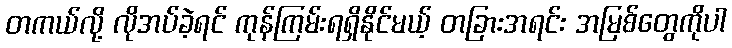
တကယ်လို့ လိုအပ်ခဲ့ရင် ကုန်ကြမ်းရရှိနိုင်မယ့် တခြားအရင်း အမြစ်တွေကိုပါ